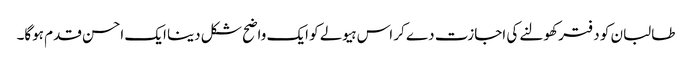
طالبان کو دفتر کھولنے کی اجازت دے کر اس ہیولے کو ایک واضح شکل دینا ایک احسن قدم ہوگا۔